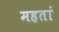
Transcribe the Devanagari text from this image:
महतां